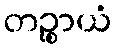
တဉ္စာယံ